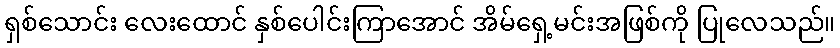
ရှစ်သောင်း လေးထောင် နှစ်ပေါင်းကြာအောင် အိမ်ရှေ့မင်းအဖြစ်ကို ပြုလေသည်။